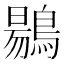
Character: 𪃌